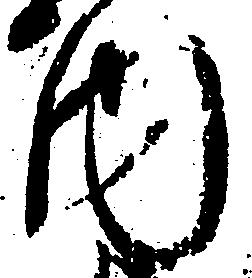
内